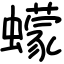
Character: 蠓